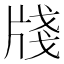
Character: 牋